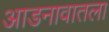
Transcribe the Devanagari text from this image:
आडनावातला